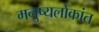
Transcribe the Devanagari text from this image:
मनुष्यलोकांत